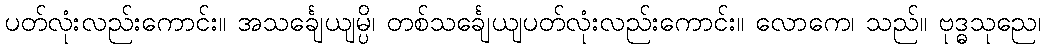
ပတ်လုံးလည်းကောင်း။ အသင်္ချေယျမ္ပိ၊ တစ်သင်္ချေယျပတ်လုံးလည်းကောင်း။ လောကေ၊ သည်။ ဗုဒ္ဓသုညေ၊